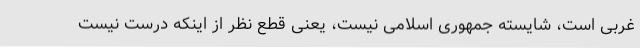
غربی است، شایسته جمهوری اسلامی نیست، یعنی قطع نظر از اینکه درست نیست